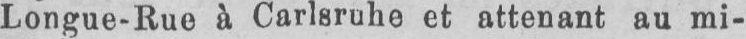
Longue-Rue à Carlsruhe et attenant au mi-